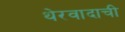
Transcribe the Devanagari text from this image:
थेरवादाची